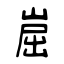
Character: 崫